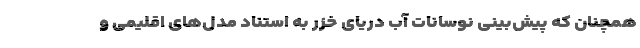
همچنان که پیش‌بینی نوسانات آب دریای خزر به استناد مدل‌های اقلیمی و